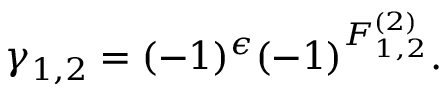
\gamma _ { 1 , 2 } = ( - 1 ) ^ { \epsilon } ( - 1 ) ^ { F _ { 1 , 2 } ^ { ( 2 ) } } .